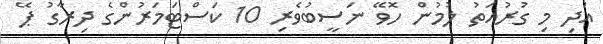
އަދި މި ގުރުއަތު ލުމުން ހޮވޭ ނަސީބުވެރި 10 ކަސްޓަމަރުންގެ ދިރާގު ޕޭ